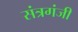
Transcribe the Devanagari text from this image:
संत्रगंजी